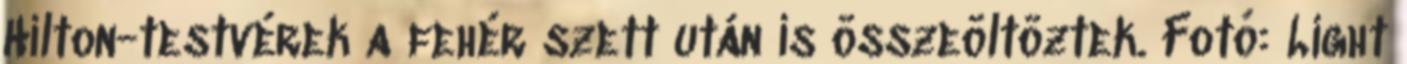
Hilton-testvérek a fehér szett után is összeöltöztek. Fotó: Light